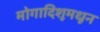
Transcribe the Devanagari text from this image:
मोगादिशूमधून